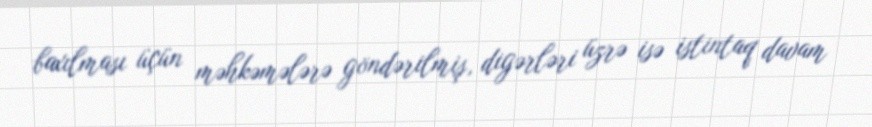
baxılması üçün məhkəmələrə göndərilmiş, digərləri üzrə isə istintaq davam